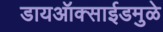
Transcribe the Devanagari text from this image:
डायऑक्साईडमुळे